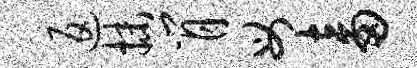
返抹肖母畜